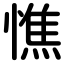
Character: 憔